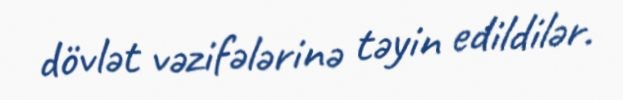
dövlət vəzifələrinə təyin edildilər.